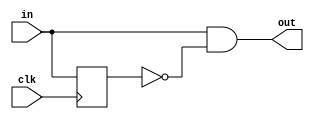
`timescale 1ns / 1ps
//////////////////////////////////////////////////////////////////////////////////
// Company: 
// Engineer: 
// 
// Design Name: 
// Module Name: postiveedgedetector
// Project Name: 
// Target Devices: 
// Tool Versions: 
// Description: 
// 
// Dependencies: 
// 
// Revision:
// Revision 0.01 - File Created
// Additional Comments:
// 
//////////////////////////////////////////////////////////////////////////////////


module postiveedgedetector( input in,input clk,output out);
reg delay;

always @(posedge clk) begin
delay <= in;
end

assign out= in&~delay;

endmodule